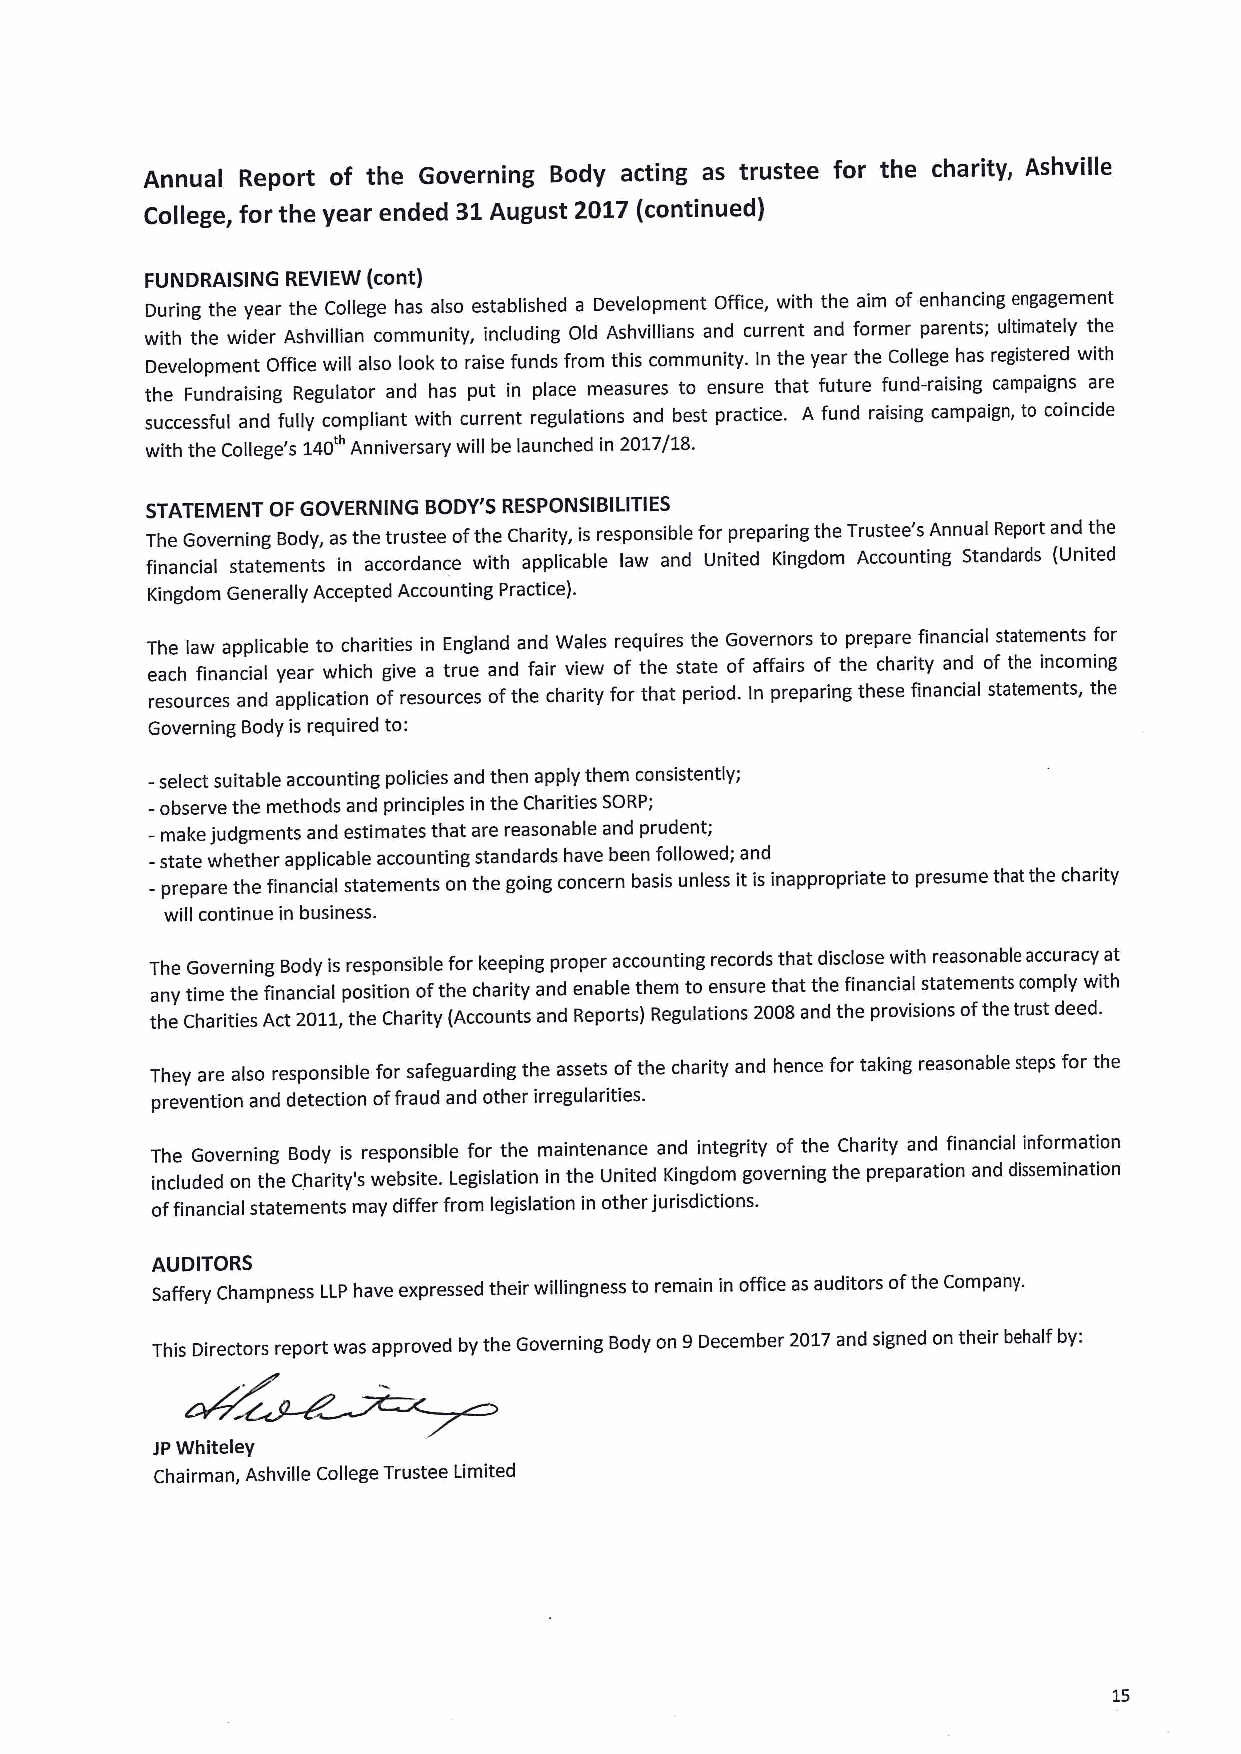
Annual Report of the Governing Body acting as trustee for the charity, Ashville
 College, for the year ended 31August 2017 (continued)
 FUNDRAISING REVIEW (cont)
 During the year the College has also established a Development Office, with the aim of enhancing engagement
 with the wider Ashvillian community, including Old Ashvillians and current and former parents; ultimately the
 Development Office will also look to raise funds from this community. In the year the College has registered with
 the Fundraising Regulator and has put in place measures to ensure that future fund-raising campaigns are
 successful and fully compliant with current regulations and best practice. A fund raising campaign, to coincide
 with the College's 140 Anniversary will be launched in 2017/18.
 STATEMENT OF GOVERNING BODY'S RESPONSIBILITIES
 The Governing Body, as the trustee ofthe Charity, is responsible for preparing the Trustee's Annual Report and the
 financial statements in accordance with applicable law and United Kingdom Accounting Standards (United
 Kingdom Generally Accepted Accounting Practice).
 The law applicable to charities in England and Wales requires the Governors to prepare financial statements for
 each financial year which give a true and fair view of the state of affairs of the charity and of the incoming
 resources and application of resources ofthe charity for that period. In preparing these financial statements, the
 Governing Body is required to:
 -select suitable accounting policies and then apply them consistently;
 —observe the methods and principles in the Charities SORP;
 —make judgments and estimates that are reasonable and prudent;
 -state whether applicable accounting standards have been followed; and
 - prepare the financial statements on the going concern basis unless it is inappropriate to presume that the charity
 will continue in business.
 The Governing Body is responsible for keeping proper accounting records that disclose with reasonable accuracy at
 any time the financial position ofthe charity and enable them to ensure that the financial statements comply with
 the Charities Act 2011,the Charity (Accounts and Reports) Regulations 2008and the provisions ofthe trust deed.
 They are also responsible for safeguarding the assets ofthe charity and hence for taking reasonable steps for the
 prevention and detection offraud and other irregularities.
 The Governing Body is responsible for the maintenance and integrity of the Charity and financial information
 included on the Charity's website. Legislation in the United Kingdom governing the preparation and dissemination
 offinancial statements may differ from legislation in other jurisdictions.
 AUDITORS
 Saffery Champness LLP have expressed their willingness to remain in office as auditors ofthe Company.
 This Directors report was approved by the Governing Body on 9December 2017and signed on their behalf by:
 JPWhiteley
 Chairman, Ashville College Trustee Limited